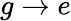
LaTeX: g\rightarrow e